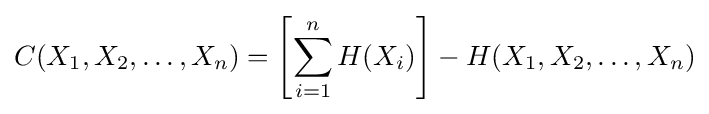
C(X_{1},X_{2},\ldots ,X_{n})=\left[\sum _{i=1}^{n}H(X_{i})\right]-H(X_{1},X_{2},\ldots ,X_{n})